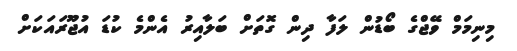
މިނިމަމް ވޭޖްގެ ބޯޑުން ލަފާ ދިން ގޮތަށް ބަލާއިރު އެންމެ ކުޑަ އުޖޫރައަކަށް